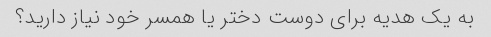
به یک هدیه برای دوست دختر یا همسر خود نیاز دارید؟